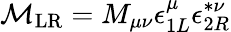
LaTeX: {\cal M}_{\mathrm{LR}}=M_{\mu\nu}\epsilon_{1L}^{\mu}\epsilon_{2R}^{*\nu}